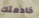
خادمتك